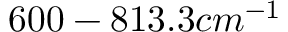
6 0 0 - 8 1 3 . 3 c m ^ { - 1 }